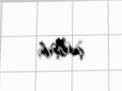
çalışıb.